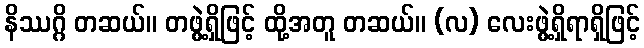
နိဿဂ္ဂိ တဆယ်။ တဖွဲ့ရှိဖြင့် ထို့အတူ တဆယ်။ (လ) လေးဖွဲ့ရှိရာရှိဖြင့်